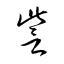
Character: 訾